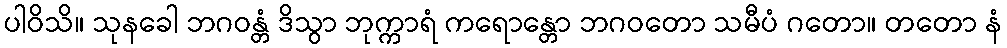
ပါဝိသိ။ သုနခေါ ဘဂဝန္တံ ဒိသွာ ဘုက္ကာရံ ကရောန္တော ဘဂဝတော သမီပံ ဂတော။ တတော နံ